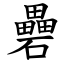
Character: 礨